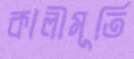
কালীমূর্তি